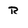
Character: R